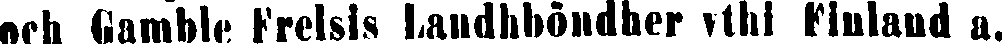
och Gamble Frelsis Landhböndher ythi Finland a.